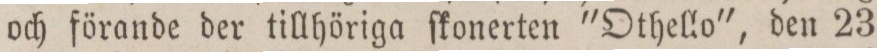
och förande der tillhöriga ſkonerten "Othello", den 23